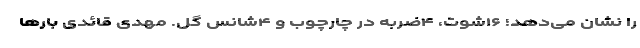
را نشان می‌دهد؛ ۱۶شوت، ۴ضربه در چارچوب و ۴شانس گل. مهدی قائدی بارها